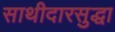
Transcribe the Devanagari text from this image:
साथीदारसुद्धा